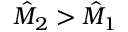
\hat { M } _ { 2 } > \hat { M } _ { 1 }